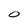
Character: 0